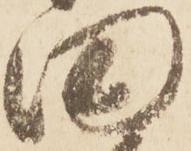
田